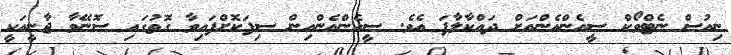
ނިއުސް ނެޓްވޯކް ސީއެންއެންއަށް ދައްކާލާފަ އެވެ. ސީއެންއެންއިން ސިފަކޮށްފައިވާ ގޮތުގައި ސޮނޭވާ ޖާނީއަކީ